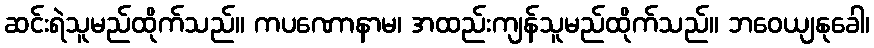
ဆင်းရဲသူမည်ထိုက်သည်။ ကပဏောနာမ၊ အထည်းကျန်သူမည်ထိုက်သည်။ ဘဝေယျနုခေါ၊